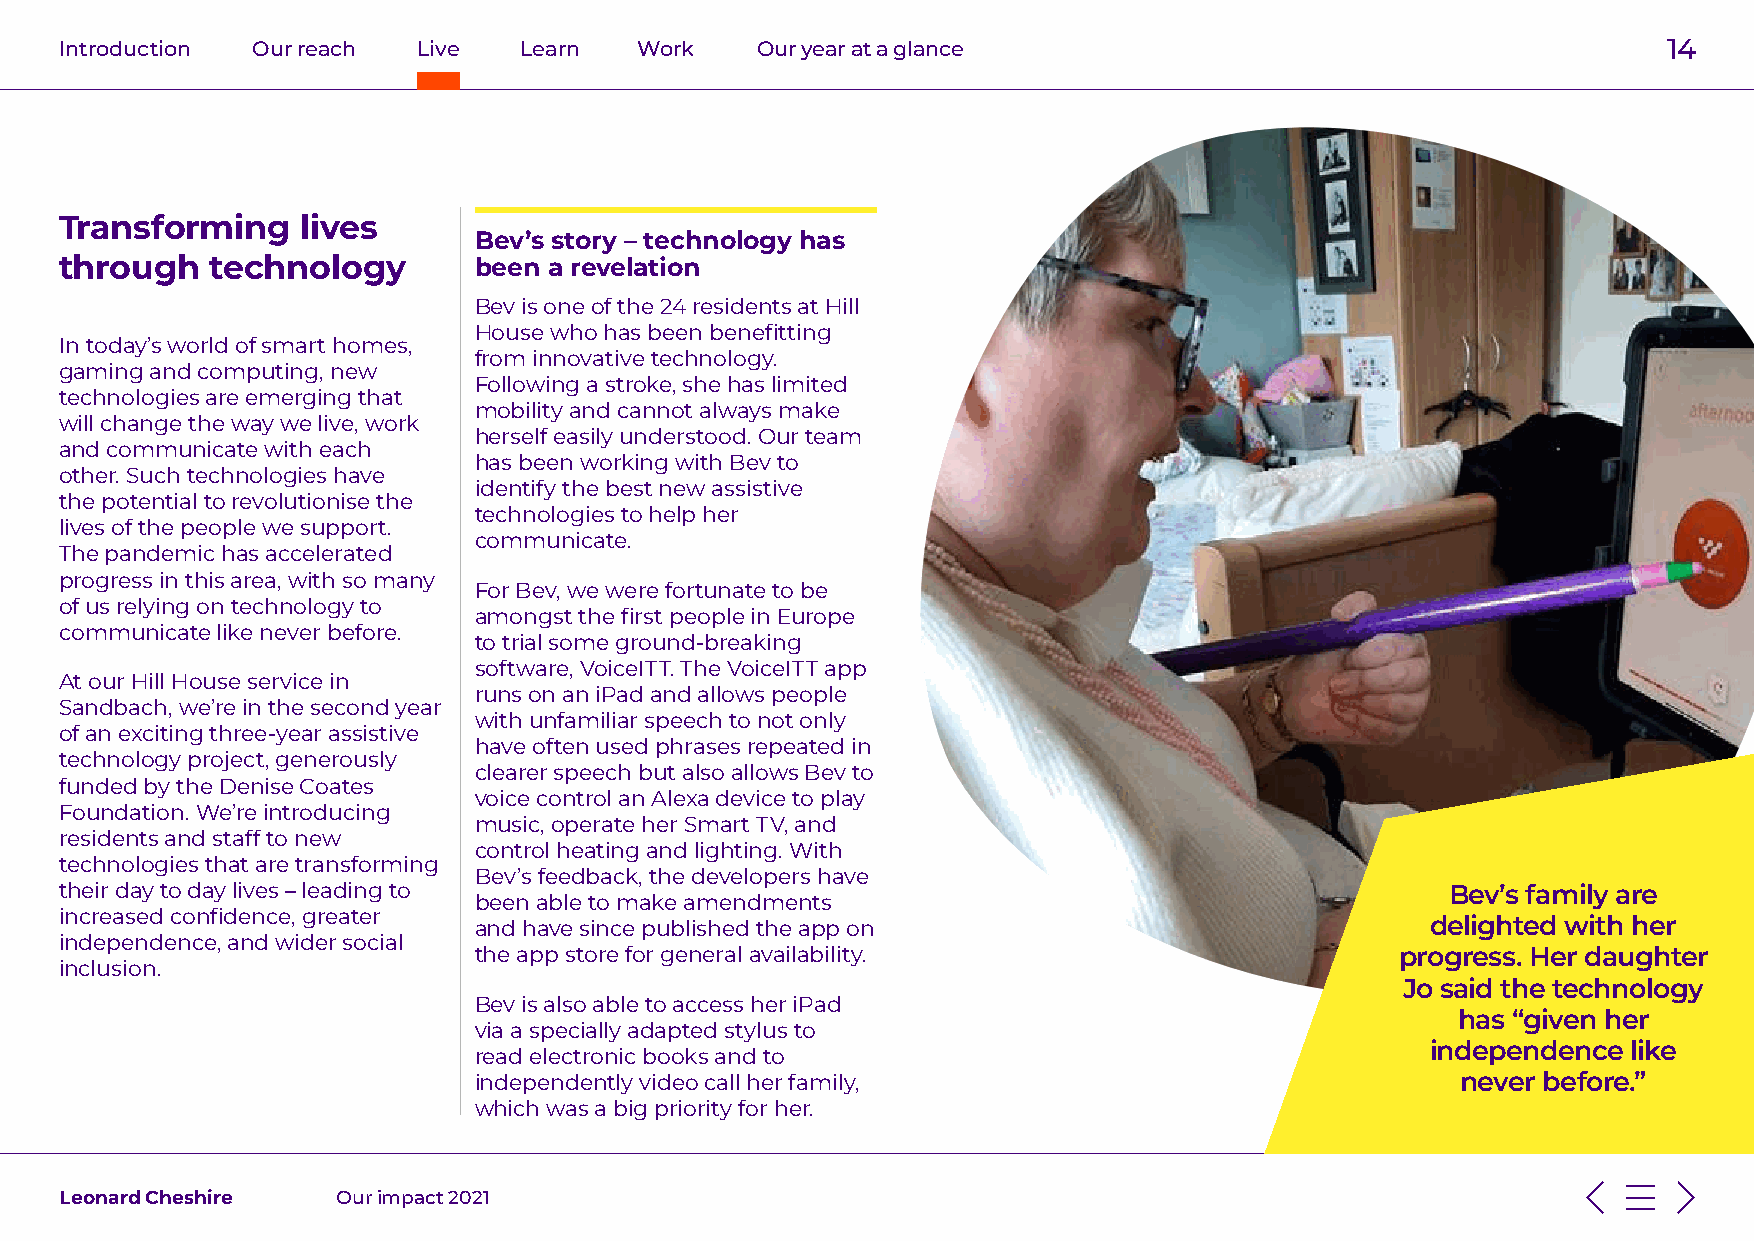
Introduction Our reach  Live  Learn   Work    Our year at a glance                                        14
 Transforming    lives
 Bev’s story – technology has
 through   technology       been a revelation
 Bev is one of the 24 residents at Hill
 House who has been benefitting
 In today’s world of smart homes,
 from innovative technology.
 gaming and computing, new
 Following a stroke, she has limited
 technologies are emerging that
 mobility and cannot always make
 will change the way we live, work
 herself easily understood. Our team
 and communicate with each
 has been working with Bev to
 other. Such technologies have
 identify the best new assistive
 the potential to revolutionise the
 technologies to help her
 lives of the people we support.
 communicate.
 The pandemic has accelerated
 progress in this area, with so many
 For Bev, we were fortunate to be
 of us relying on technology to
 amongst the first people in Europe
 communicate like never before.
 to trial some ground-breaking
 software, VoiceITT. The VoiceITT app
 At our Hill House service in
 runs on an iPad and allows people
 Sandbach, we’re in the second year
 with unfamiliar speech to not only
 of an exciting three-year assistive
 have often used phrases repeated in
 technology project, generously
 clearer speech but also allows Bev to
 funded by the Denise Coates
 voice control an Alexa device to play
 Foundation. We’re introducing
 music, operate her Smart TV, and
 residents and staff to new
 control heating and lighting. With
 technologies that are transforming
 Bev’s feedback, the developers have
 their day to day lives – leading to                                                         Bev’s family are
 been able to make amendments
 increased confidence, greater
 and have since published the app on                             delighted with her
 independence, and wider social
 the app store for general availability.                       progress. Her daughter
 inclusion.
 Jo said the technology
 Bev is also able to access her iPad
 has “given her
 via a specially adapted stylus to
 independence like
 read electronic books and to
 independently video call her family,                              never before.”
 which was a big priority for her.
 Leonard Cheshire  Our impact 2021